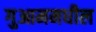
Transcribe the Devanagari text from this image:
गुआममधील